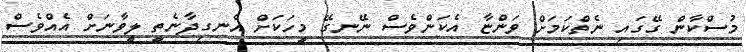
މުސްކާން ގޭގައި ނެތްކަމަށް ވަންޏާ އެކަންވެސް ނޭނގޭ މީހަކަށް އެނގިދާނެތީ ލީވާނަށް އެއްވެސް